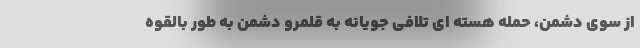
از سوی دشمن، حمله هسته ای تلافی جویانه به قلمرو دشمن به طور بالقوه